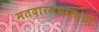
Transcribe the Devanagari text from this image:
मतदारसंघांसाठी